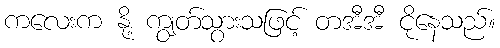
ကလေးက နို့ ကျွတ်သွားသဖြင့် တအီအီ ငိုနေသည်။